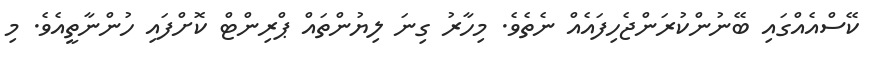
ކޭސްއެއްގައި ބޭނުންކުރަންޖެހިފައެއް ނެތެވެ. މިހާރު ގިނަ ލިޔުންތައް ޕްރިންޓް ކޮށްފައި ހުންނާތީއެވެ. މި